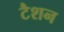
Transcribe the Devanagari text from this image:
टैशन